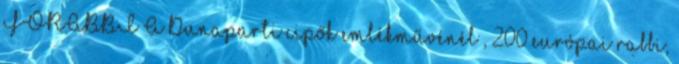
FŐRABBI A Dunaparti cipők emlékművénél , 200 európai rabbi,